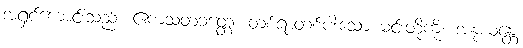
အရှင်ကောင်းသည်။ ဧကသတံခတ္တေ၊ တစ်ရာတစ်ပါးသော မင်းတို့ကို။ အနုယန္တေ၊